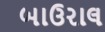
બાઉરાલ